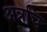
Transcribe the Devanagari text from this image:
अन्नचि